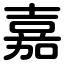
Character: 嘉